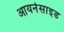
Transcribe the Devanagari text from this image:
आयर्नसाइड